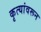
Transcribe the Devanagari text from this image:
कृत्यांवरून